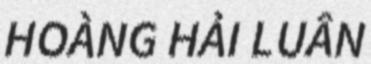
HOÀNG HẢI LUÂN